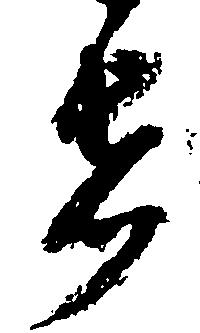
者